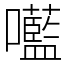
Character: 㘕